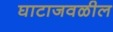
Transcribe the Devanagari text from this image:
घाटाजवळील